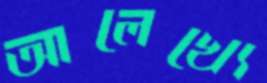
আলেখ্যে